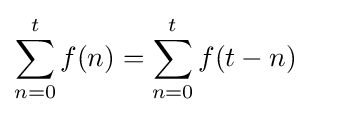
\sum _{n=0}^{t}f(n)=\sum _{n=0}^{t}f(t-n)\quad